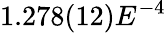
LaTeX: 1.278(12)E^{-4}